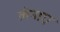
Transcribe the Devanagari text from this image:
लेनाए